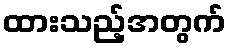
ထားသည့်အတွက်